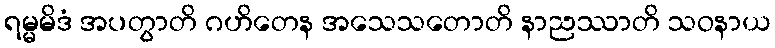
ရမ္မမိဒံ အပတွာတိ ဂဟိတေန အသေသတောတိ နာညဿာတိ သဝနာယ